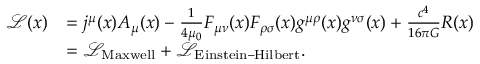
{ \begin{array} { r l } { { \mathcal { L } } ( x ) } & { = j ^ { \mu } ( x ) A _ { \mu } ( x ) - { \frac { 1 } { 4 \mu _ { 0 } } } F _ { \mu \nu } ( x ) F _ { \rho \sigma } ( x ) g ^ { \mu \rho } ( x ) g ^ { \nu \sigma } ( x ) + { \frac { c ^ { 4 } } { 1 6 \pi G } } R ( x ) } \\ & { = { \mathcal { L } } _ { \mathrm { M a x w e l l } } + { \mathcal { L } } _ { \mathrm { E i n s t e i n – H i l b e r t } } . } \end{array} }